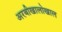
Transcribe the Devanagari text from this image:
अरबीखालोखाल